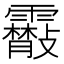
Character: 䨷